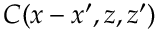
C ( x - x ^ { \prime } , z , z ^ { \prime } )